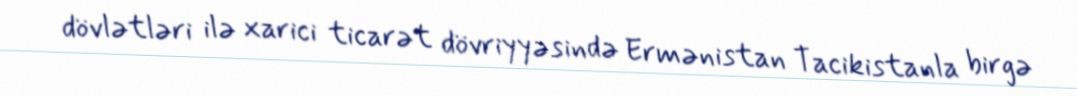
dövlətləri ilə xarici ticarət dövriyyəsində Ermənistan Tacikistanla birgə